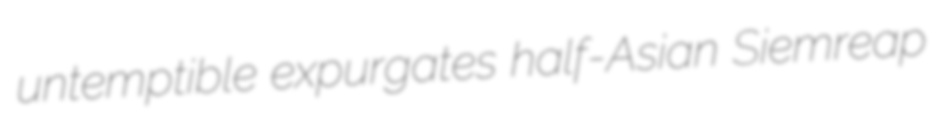
untemptible expurgates half-Asian Siemreap